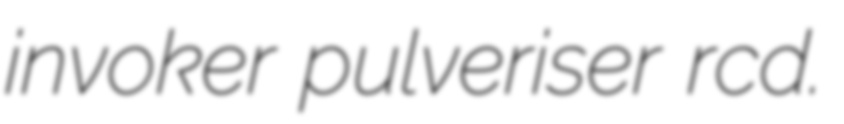
invoker pulveriser rcd.